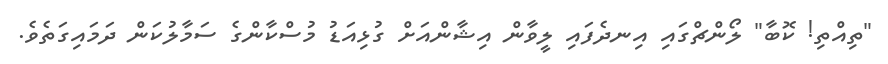
"ތިއްތި! ކޮބާ" ލޯންޗްގައި އިނދެފައި ލީވާން އިޝާންއަށް ގުޅިއަޑު މުސްކާންގެ ސަމާލުކަން ދަމައިގަތެވެ.